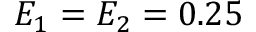
E _ { 1 } = E _ { 2 } = 0 . 2 5